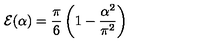
{ \cal E } ( \alpha ) = { \frac { \pi } { 6 } } \left( 1 - { \frac { \alpha ^ { 2 } } { \pi ^ { 2 } } } \right)